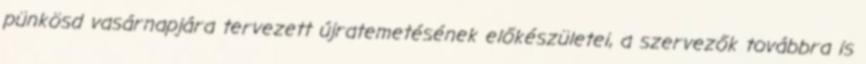
pünkösd vasárnapjára tervezett újratemetésének előkészületei, a szervezők továbbra is